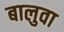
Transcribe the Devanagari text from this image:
बालुवा